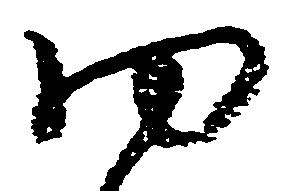
ゆ